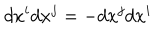
d x ^ { i } d x ^ { j } = - d x ^ { j } d x ^ { i }